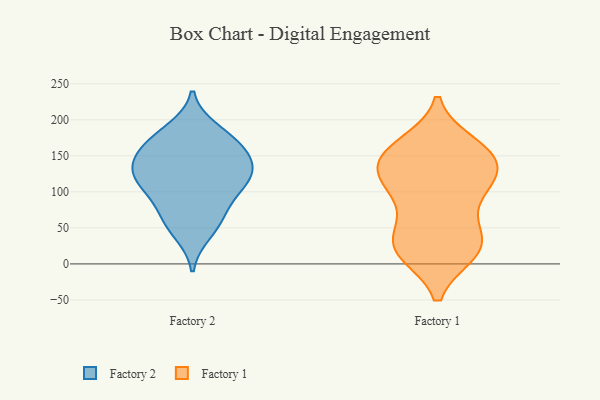
{"axis": {"x": "Energy Usage (MWh)", "y": "Value"}, "legend": ["Factory 1", "Factory 2"], "data": [{"x": "", "y": 43, "type": "Factory 2"}, {"x": "", "y": 148, "type": "Factory 2"}, {"x": "", "y": 101, "type": "Factory 2"}, {"x": "", "y": 175, "type": "Factory 2"}, {"x": "", "y": 168, "type": "Factory 2"}, {"x": "", "y": 127, "type": "Factory 2"}, {"x": "", "y": 142, "type": "Factory 2"}, {"x": "", "y": 186, "type": "Factory 2"}, {"x": "", "y": 122, "type": "Factory 2"}, {"x": "", "y": 124, "type": "Factory 2"}, {"x": "", "y": 64, "type": "Factory 2"}, {"x": "", "y": 117, "type": "Factory 2"}, {"x": "", "y": 159, "type": "Factory 2"}, {"x": "", "y": 93, "type": "Factory 2"}, {"x": "", "y": 62, "type": "Factory 2"}, {"x": "", "y": 165, "type": "Factory 1"}, {"x": "", "y": 23, "type": "Factory 1"}, {"x": "", "y": 17, "type": "Factory 1"}, {"x": "", "y": 153, "type": "Factory 1"}, {"x": "", "y": 123, "type": "Factory 1"}, {"x": "", "y": 29, "type": "Factory 1"}, {"x": "", "y": 18, "type": "Factory 1"}, {"x": "", "y": 111, "type": "Factory 1"}, {"x": "", "y": 113, "type": "Factory 1"}, {"x": "", "y": 102, "type": "Factory 1"}, {"x": "", "y": 16, "type": "Factory 1"}, {"x": "", "y": 156, "type": "Factory 1"}, {"x": "", "y": 148, "type": "Factory 1"}, {"x": "", "y": 104, "type": "Factory 1"}, {"x": "", "y": 153, "type": "Factory 1"}, {"x": "", "y": 58, "type": "Factory 1"}, {"x": "", "y": 141, "type": "Factory 1"}, {"x": "", "y": 44, "type": "Factory 1"}]}